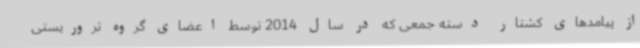
از پیامدهای کشتار دسته جمعی که در سال 2014 توسط اعضای گروه تروریستی